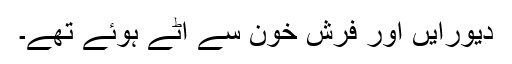
دیورایں اور فرش خون سے اٹے ہوئے تھے۔